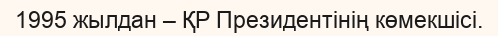
1995 жылдан – ҚР Президентінің көмекшісі.